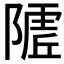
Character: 𱀭